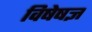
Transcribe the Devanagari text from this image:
विषेषज्ञ